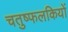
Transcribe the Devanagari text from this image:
चतुष्फलकियों